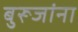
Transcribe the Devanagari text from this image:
बुरूजांना